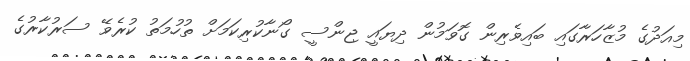
މިއަދުގެ މުޒާހަރާގައި ބައިވެރިން ގޮވަމުން ދިޔައީ ޖިންސީ ގޯނާކުރިކަމަށް ތުހުމަތު ކުރެވޭ ސަރުކާރުގެ